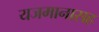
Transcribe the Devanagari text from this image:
यजमानासह